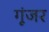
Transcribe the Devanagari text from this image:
गूंजर